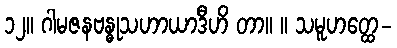
၁၂။ ဂါမဇနဗန္ဓုသဟာယာဒီဟိ တာ။ ။ သမူဟတ္ထေ-